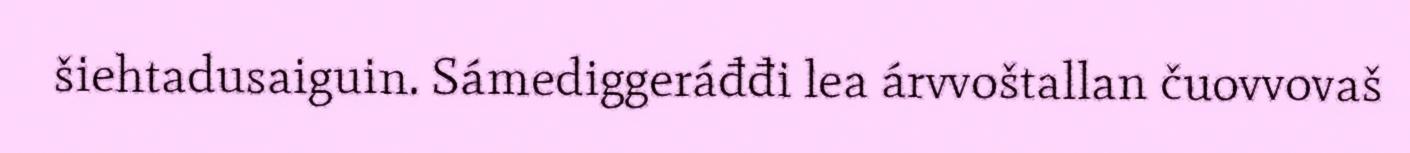
šiehtadusaiguin. Sámediggeráđđi lea árvvoštallan čuovvovaš